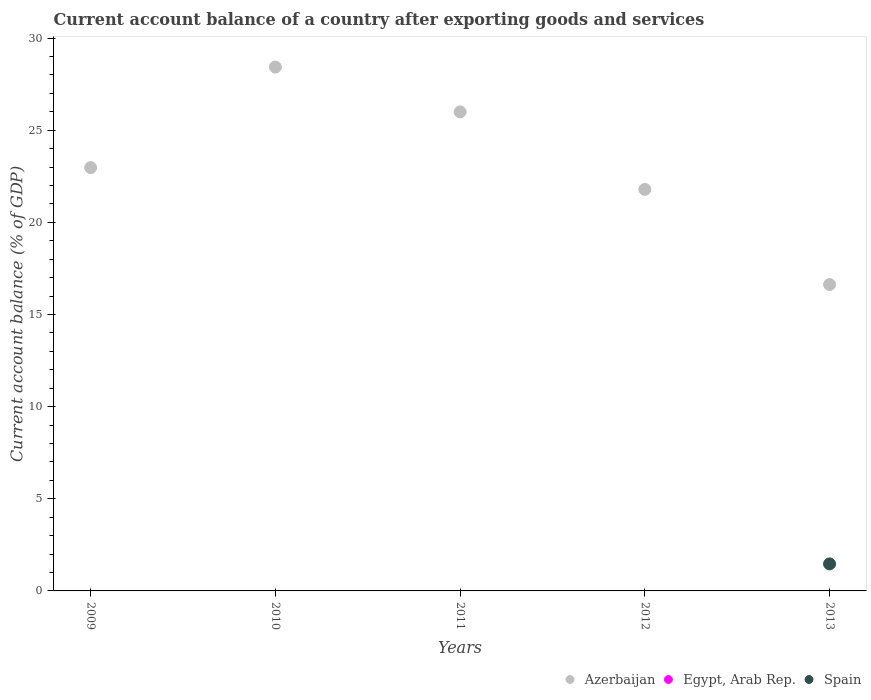
| Years | Azerbaijan | Egypt, Arab Rep. | Spain |
 | --- | --- | --- | --- |
 | 2009 | 23 | -1.77 | -4.65 |
 | 2010 | 28.4 | -2.06 | -4.37 |
 | 2011 | 26 | -2.32 | -3.63 |
 | 2012 | 21.8 | -2.65 | -1.22 |
 | 2013 | 16.6 | -1.3 | 1.47 |